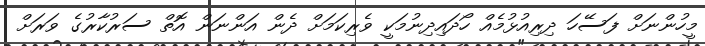
މީހުންނަށް ފަސޭހަ ދިރިއުޅުމެއް ހޯދައިދިނުމަކީ ވެރިކަމަށް ދެން އަންނަން އޮތް ސަރުކާރުގެ ވަރަށް